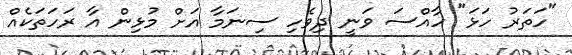
"ހަތަރު ހަޅަ" ހާއްސަ ވަނީ ދިވެހި ސިނަމާ އަށް މުޅިން އާ ރަހަތަކެއް